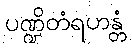
ပဏ္ဍိတံရဟန္တံ